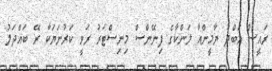
ރައީސް އަބްދު ޔާމީންއާ ލަންކާގެ ފިނޭންސް މިނިސްޓަރު ރަވީ ކަރުނަޔަކާ ރޭ ބައްދަލު